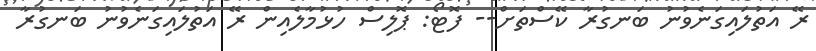
ރޭ އަތުލައިގަނެވުނު ބަނގުރާ ކޭސްތަށް-- ފޮޓޯ: ޕޮލިސް ހުޅުމާލެއިން ރޭ އަތުލައިގަނެވުނު ބަނގުރާ